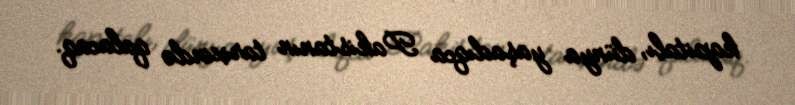
kapitalı, dünya yaşadıqca Pakistanın tarixində qalacaq.